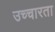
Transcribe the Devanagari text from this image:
उच्चारता